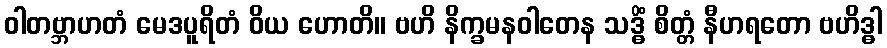
ဝါတဗ္ဘာဟတံ မေဒပူရိတံ ဝိယ ဟောတိ။ ဗဟိ နိက္ခမနဝါတေန သဒ္ဓိံ စိတ္တံ နီဟရတော ဗဟိဒ္ဓါ